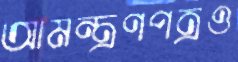
আমন্ত্রণপত্রও